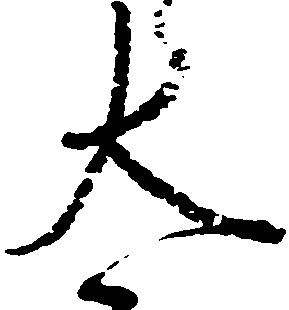
太